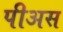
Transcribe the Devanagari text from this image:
पीअस